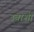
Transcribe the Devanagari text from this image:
उबाशी